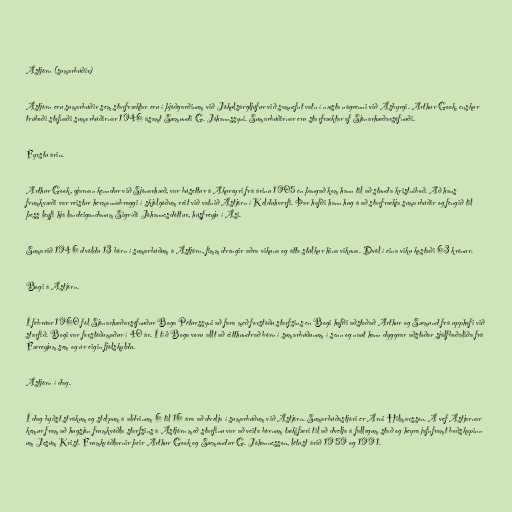
Ástjörn (sumarbúðir)

Ástjörn eru sumarbúðir sem starfræktar eru í þjóðgarðinum við Jökulsárgljúfur við samnefnt vatn í næsta nágrenni við Ásbyrgi. Arthur Gook, enskur
trúboði stofnaði sumarbúðirnar 1946 ásamt Sæmundi G. Jóhannssyni. Sumarbúðirnar eru starfræktar af Sjónarhæðarsöfnuði.

Fyrstu árin.

Arthur Gook, gjarnan kenndur við Sjónarhæð, var búsettur á Akureyri frá árinu 1905 en þangað kom hann til að stunda kristniboð. Að hans
frumkvæði var reistur hermannabraggi í skjólgóðum reit við vatnið Ástjörn í Kelduhverfi. Þar hafði hann hug á að starfrækja sumarbúðir og fengið til
þess leyfi hjá landeigandanum Sigríði Jóhannesdóttur, húsfreyju í Ási.

Sumarið 1946 dvöldu 13 börn í sumarbúðum á Ástjörn, fimm drengir aðra vikuna og átta stúlkur hina vikuna. Dvöl í eina viku kostaði 63 krónur.

Bogi á Ástjörn.

Í febrúar 1960 fól Sjónarhæðarsöfnuður Boga Péturssyni að fara með forstöðu starfsins en Bogi hafði aðstoðað Arthur og Sæmund frá upphafi við
starfið. Bogi var forstöðumaður í 40 ár. Í tíð Boga voru allt að eitthundrað börn í sumarbúðunum í senn og naut hann dyggrar aðstoðar sjálfboðaliða frá
Færeyjum sem og úr eigin fjölskyldu.

Ástjörn í dag.

Í dag býðst strákum og stelpum á aldrinum 6 til 16 ára að dvelja í sumarbúðum við Ástjörn. Sumarbúðastjóri er Árni Hilmarsson. Á vef Ástjarnar
kemur fram að hugsjón frumkvöðla starfsins á Ástjörn með starfinu var að veita börnum tækifæri til að dvelja á fallegum stað og heyra jafnframt boðskapinn
um Jesúm Krist. Frumkvöðlarnir þeir Arthur Gook og Sæmundur G. Jóhannesson, létust árið 1959 og 1991.